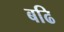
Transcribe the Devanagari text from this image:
बढि